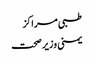
طبی مراکز
یمنی وزیر صحت